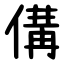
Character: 傋